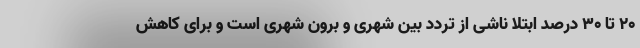
۲۰ تا ۳۰ درصد ابتلا ناشی از تردد بین شهری و برون شهری است و برای کاهش